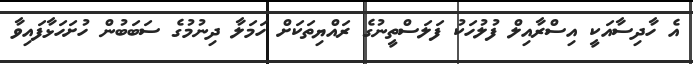
އެ ހާދިސާއަކީ އިސްރާއިލް ފުލުހަކު ފަލަސްތީނުގެ ރައްޔިތަކަށް ހަމަލާ ދިނުމުގެ ސަބަބުން ހުށަހަޅާފައިވާ